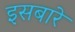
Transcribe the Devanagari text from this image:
इसबारे